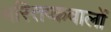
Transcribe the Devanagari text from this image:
मस्तिष्कवालों